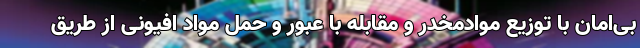
بی‌امان با توزیع موادمخدر و مقابله با عبور و حمل مواد افیونی از طریق